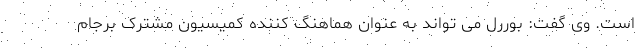
است. وی گفت: بوررل می تواند به عنوان هماهنگ کننده کمیسیون مشترک برجام